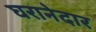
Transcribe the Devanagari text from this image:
घरानेदार